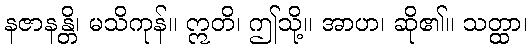
နဇာနန္တိ၊ မသိကုန်။ ဣတိ၊ ဤသို့။ အာဟ၊ ဆို၏။ သတ္ထာ၊